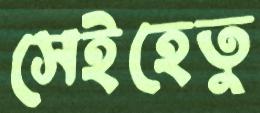
সেইহেতু